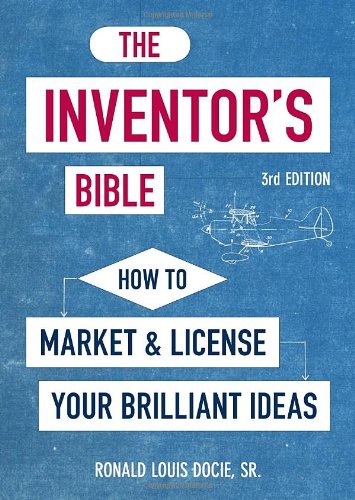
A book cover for The Inventor's Bible, 3rd Edition: How to Market and License Your Brilliant Ideas; Ronald Louis Docie Sr.; Law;